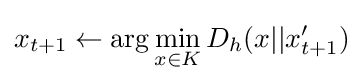
x_{t+1}\leftarrow \mathrm {arg} \min _{x\in K}D_{h}(x||x'_{t+1})